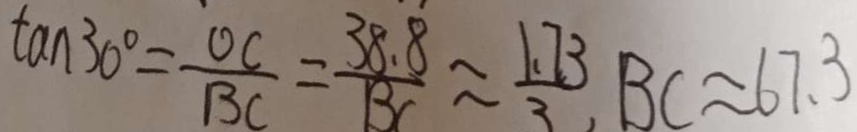
\tan 3 0 ^ { \circ } = \frac { O C } { B C } = \frac { 3 8 . 8 } { 1 3 } \approx \frac { 1 . 7 3 } { 3 } , B C \approx 6 7 . 3